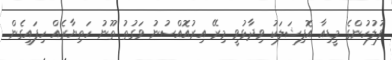
ފުލުހުންގެ މީޑިއާ އޮފިޝަލަކު ވިދާޅުވީ މިރޭ އިރުއޮއްސުނު ވަގުތު ތޫނު ހަތިޔާރެއް ހިފައިގެން